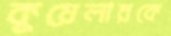
কুয়েলারকে